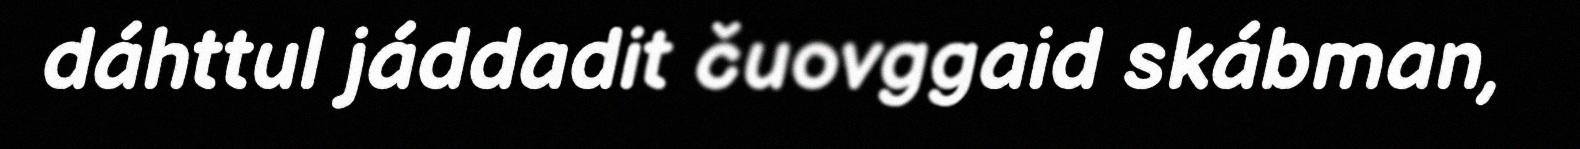
dáhttul jáddadit čuovggaid skábman,